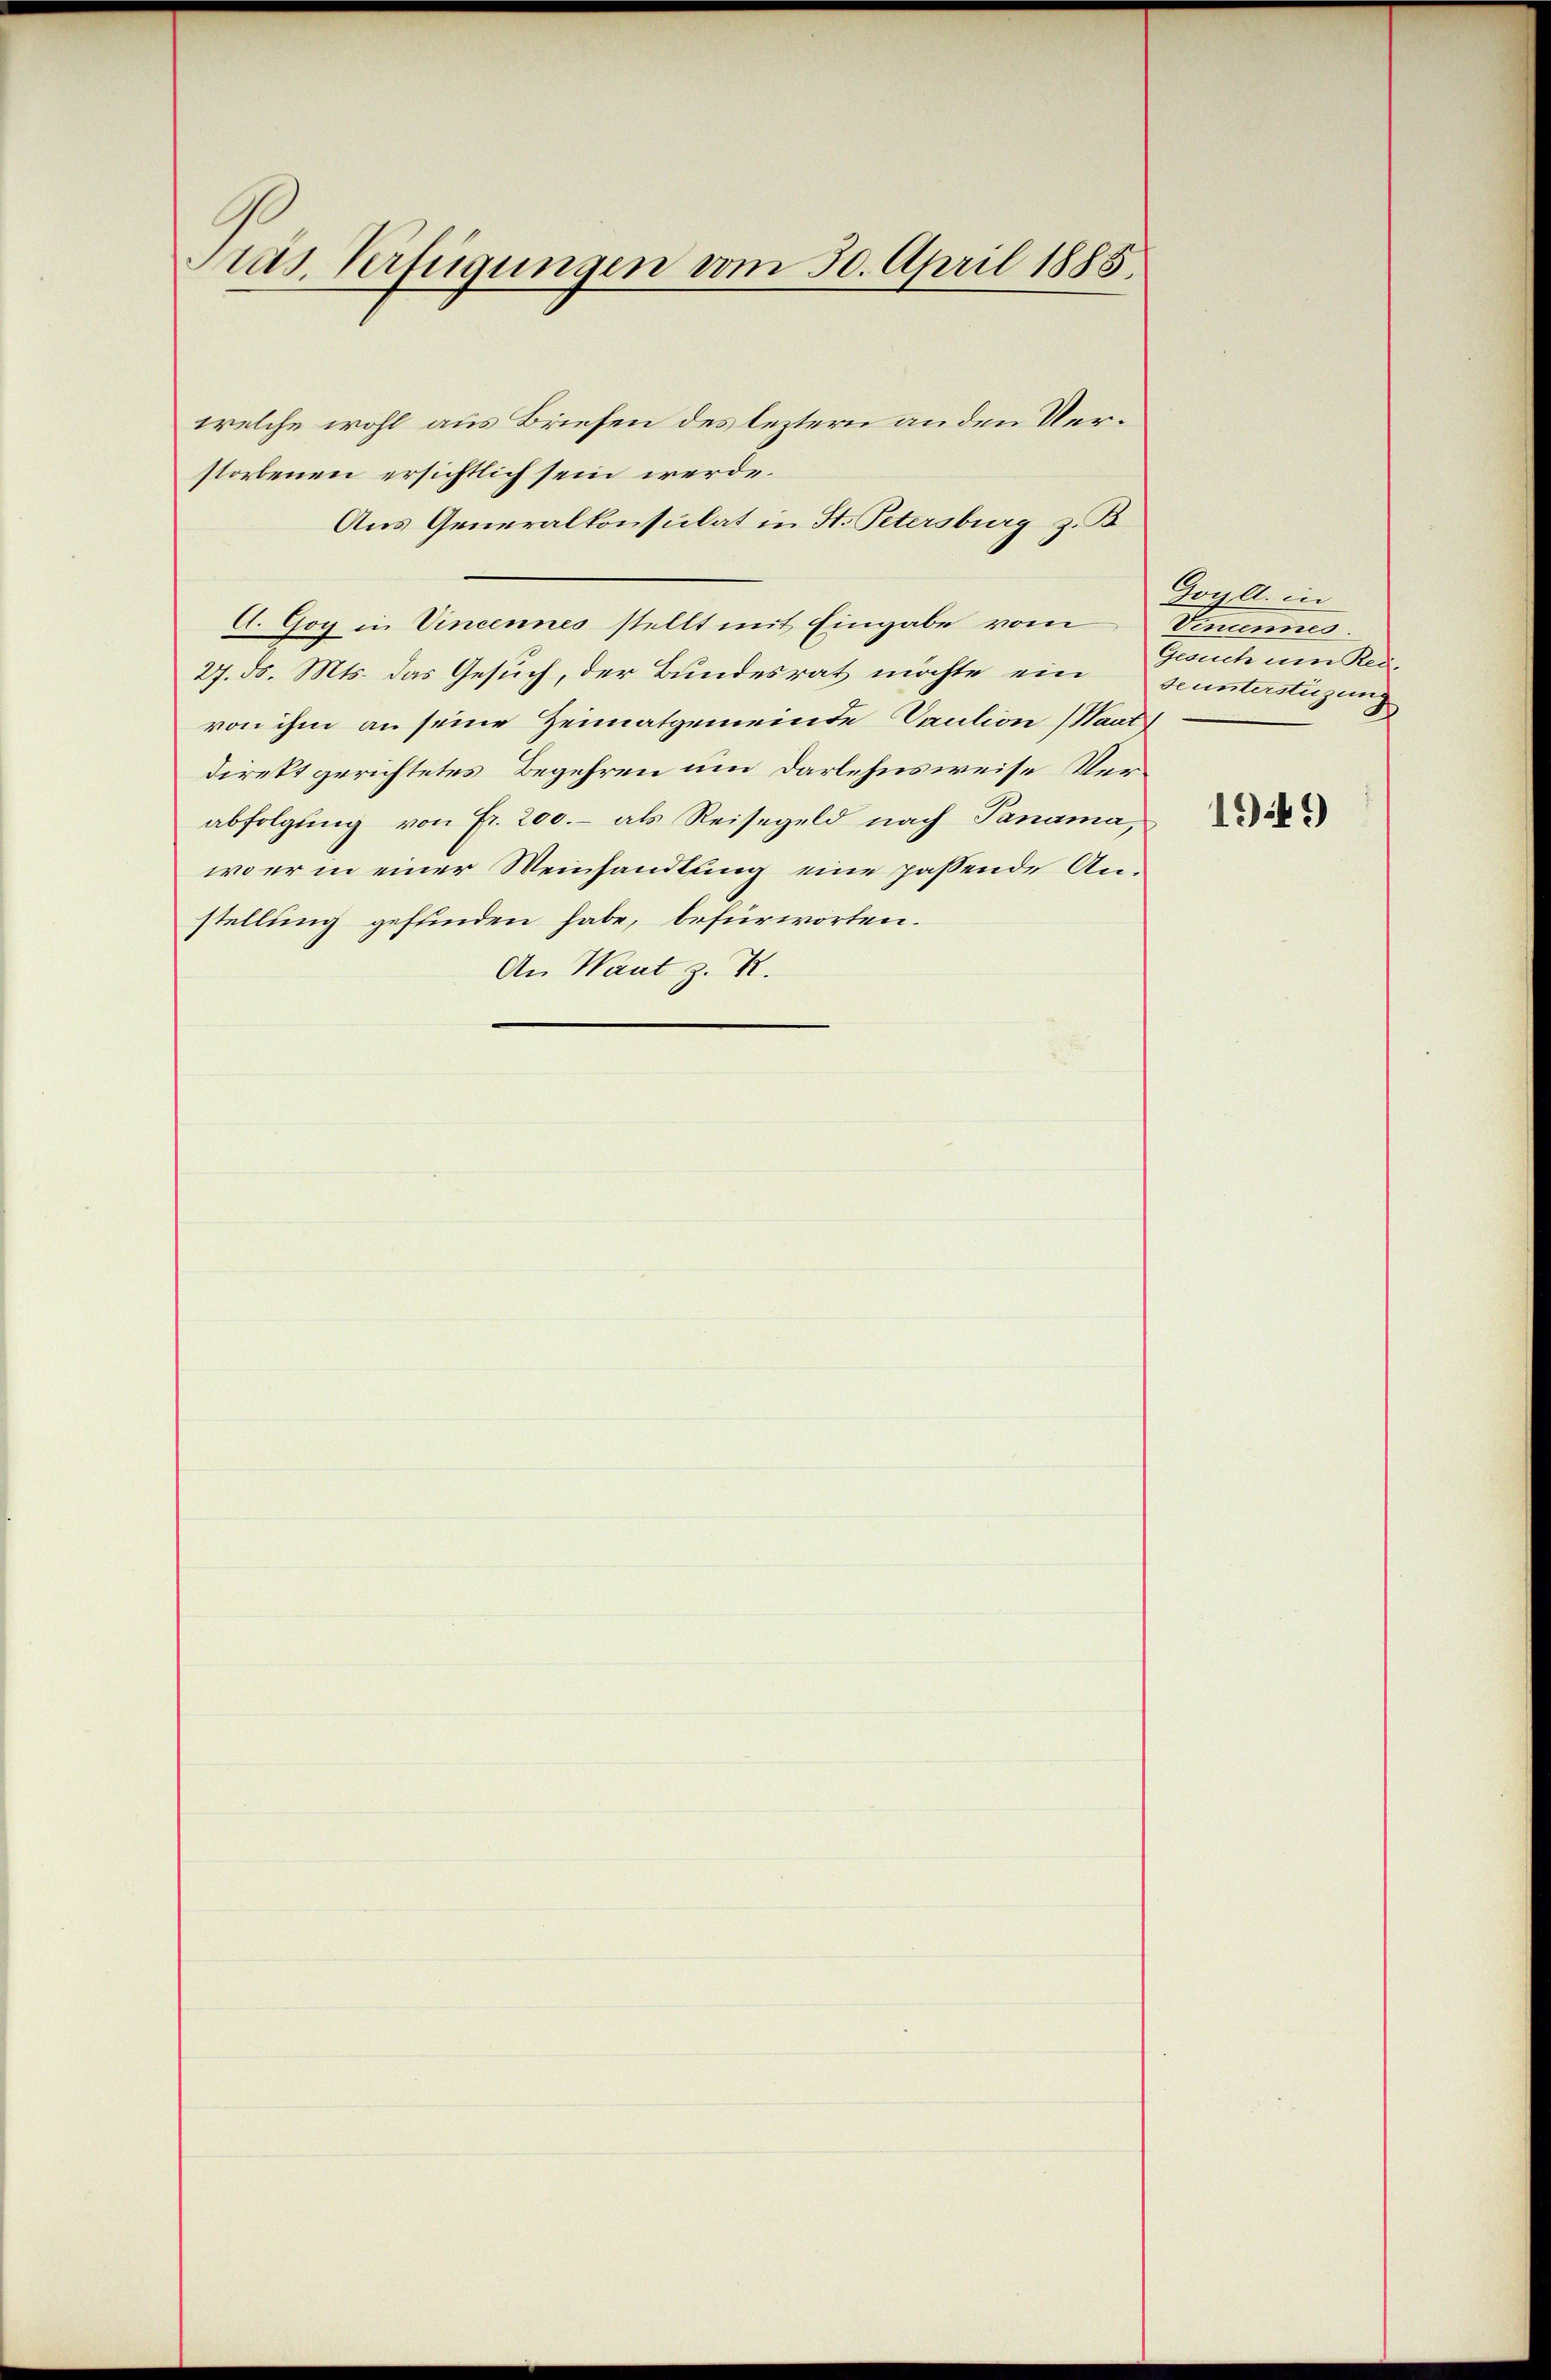
Pras. Verfügungen vom 30. April 1885.

welche wohl aus Briefen des leztern anden Verstorbenen ersichtlich sein werde.
Aus Generalkonsulat in St. Petersburg z. B.
A. Gog in Vincennes stellt mit Eingabe vom
27. ds. Mts. das Gesuch, der Bundesrath möchte ein
von ihm an seine Heimatgemeinde Saution (Waat
direkt gerichtetes Begehren um Darlehnsweise Verabfolgung von Fr. 200.- als Reisegeld nach Panama,
wer in einer Weinhandlung eine passende Anstellung gefunden habe, befürworten.
An Want z. K.

Goy d. in
Simmen.
Gesuch um Red
seunterstüzung

1949)